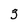
Character: 3